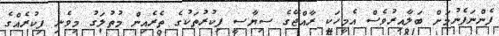
ފެންނަފެނުމަށް ބަލާއިރުވެސް އެމީހަކީ ރާއްޖޭގެ ސިޔާސީ ފިކުރުތަކުގެ ތެރެއިން މުތުލަގު މިވެނި ފިކުރެއްގެ